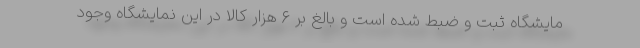
مایشگاه ثبت و ضبط شده است و بالغ بر ۶ هزار کالا در این نمایشگاه وجود